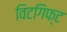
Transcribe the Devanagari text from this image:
विटगिफ्ट